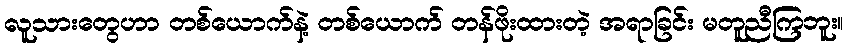
လူသားတွေဟာ တစ်ယောက်နဲ့ တစ်ယောက် တန်ဖိုးထားတဲ့ အရာခြင်း မတူညီကြဘူး။